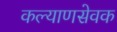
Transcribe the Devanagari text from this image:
कल्याणसेवक